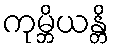
ကုမ္ဘိယန္တိ